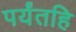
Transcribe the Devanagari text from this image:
पर्यंतहि